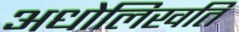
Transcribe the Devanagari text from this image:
अधोलिखति